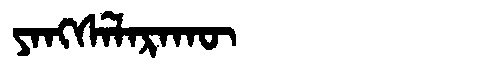
Manchu: ᠶᠠᠩᠰᡝᠯᠠᡵᠠᡴᡡ
Romanization: YANGSELARAKŪ